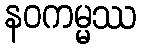
နဝကမ္မဿ